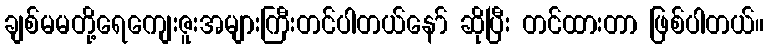
ချစ်မမတို့ရေကျေးဇူးအများကြီးတင်ပါတယ်နော် ဆိုပြီး တင်ထားတာ ဖြစ်ပါတယ်။